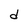
Character: d